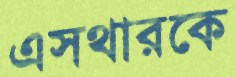
এসথারকে